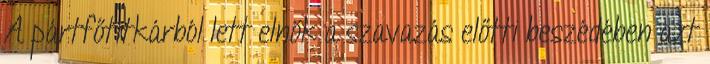
A pártfőtitkárból lett elnök a szavazás előtti beszédében azt